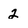
Character: 2